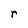
Character: r